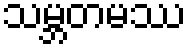
သမ္ဘတမဿ